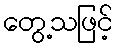
တွေ့သဖြင့်